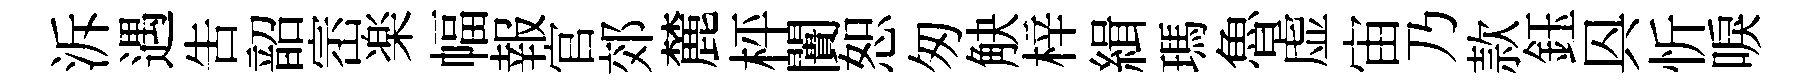
泝遇告韶崈楽幅報官郊麓枰闠恕匆觖梓緝瑪魯虚宙乃款鈺㒷忻唳